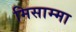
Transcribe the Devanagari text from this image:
मिसाम्मा